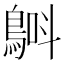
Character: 𲍢